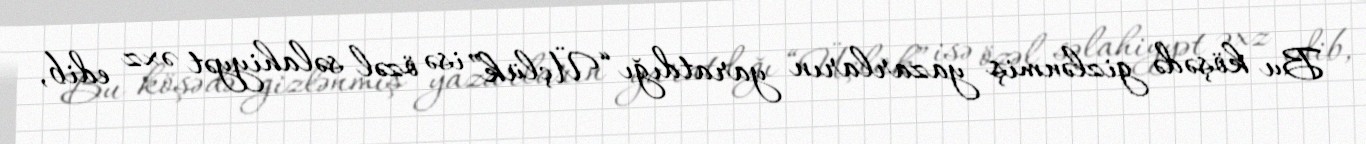
Bu köşədə gizlənmiş yazarların yaratdığı “Üçlük” isə özəl səlahiyyət əxz edib,